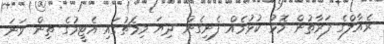
ރެއާލްގެ ފަރާތުން މޮޅު ކުޅުމެއް ފެނިގެން ދިޔަ މިމެޗުގައި އެޓީމުގެ ތިން ވަނަ